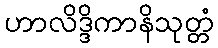
ဟာလိဒ္ဒိကာနိသုတ္တံ